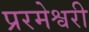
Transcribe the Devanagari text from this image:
प्ररमेश्वरी